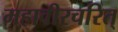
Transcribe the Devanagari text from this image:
महावीरचरित्‌